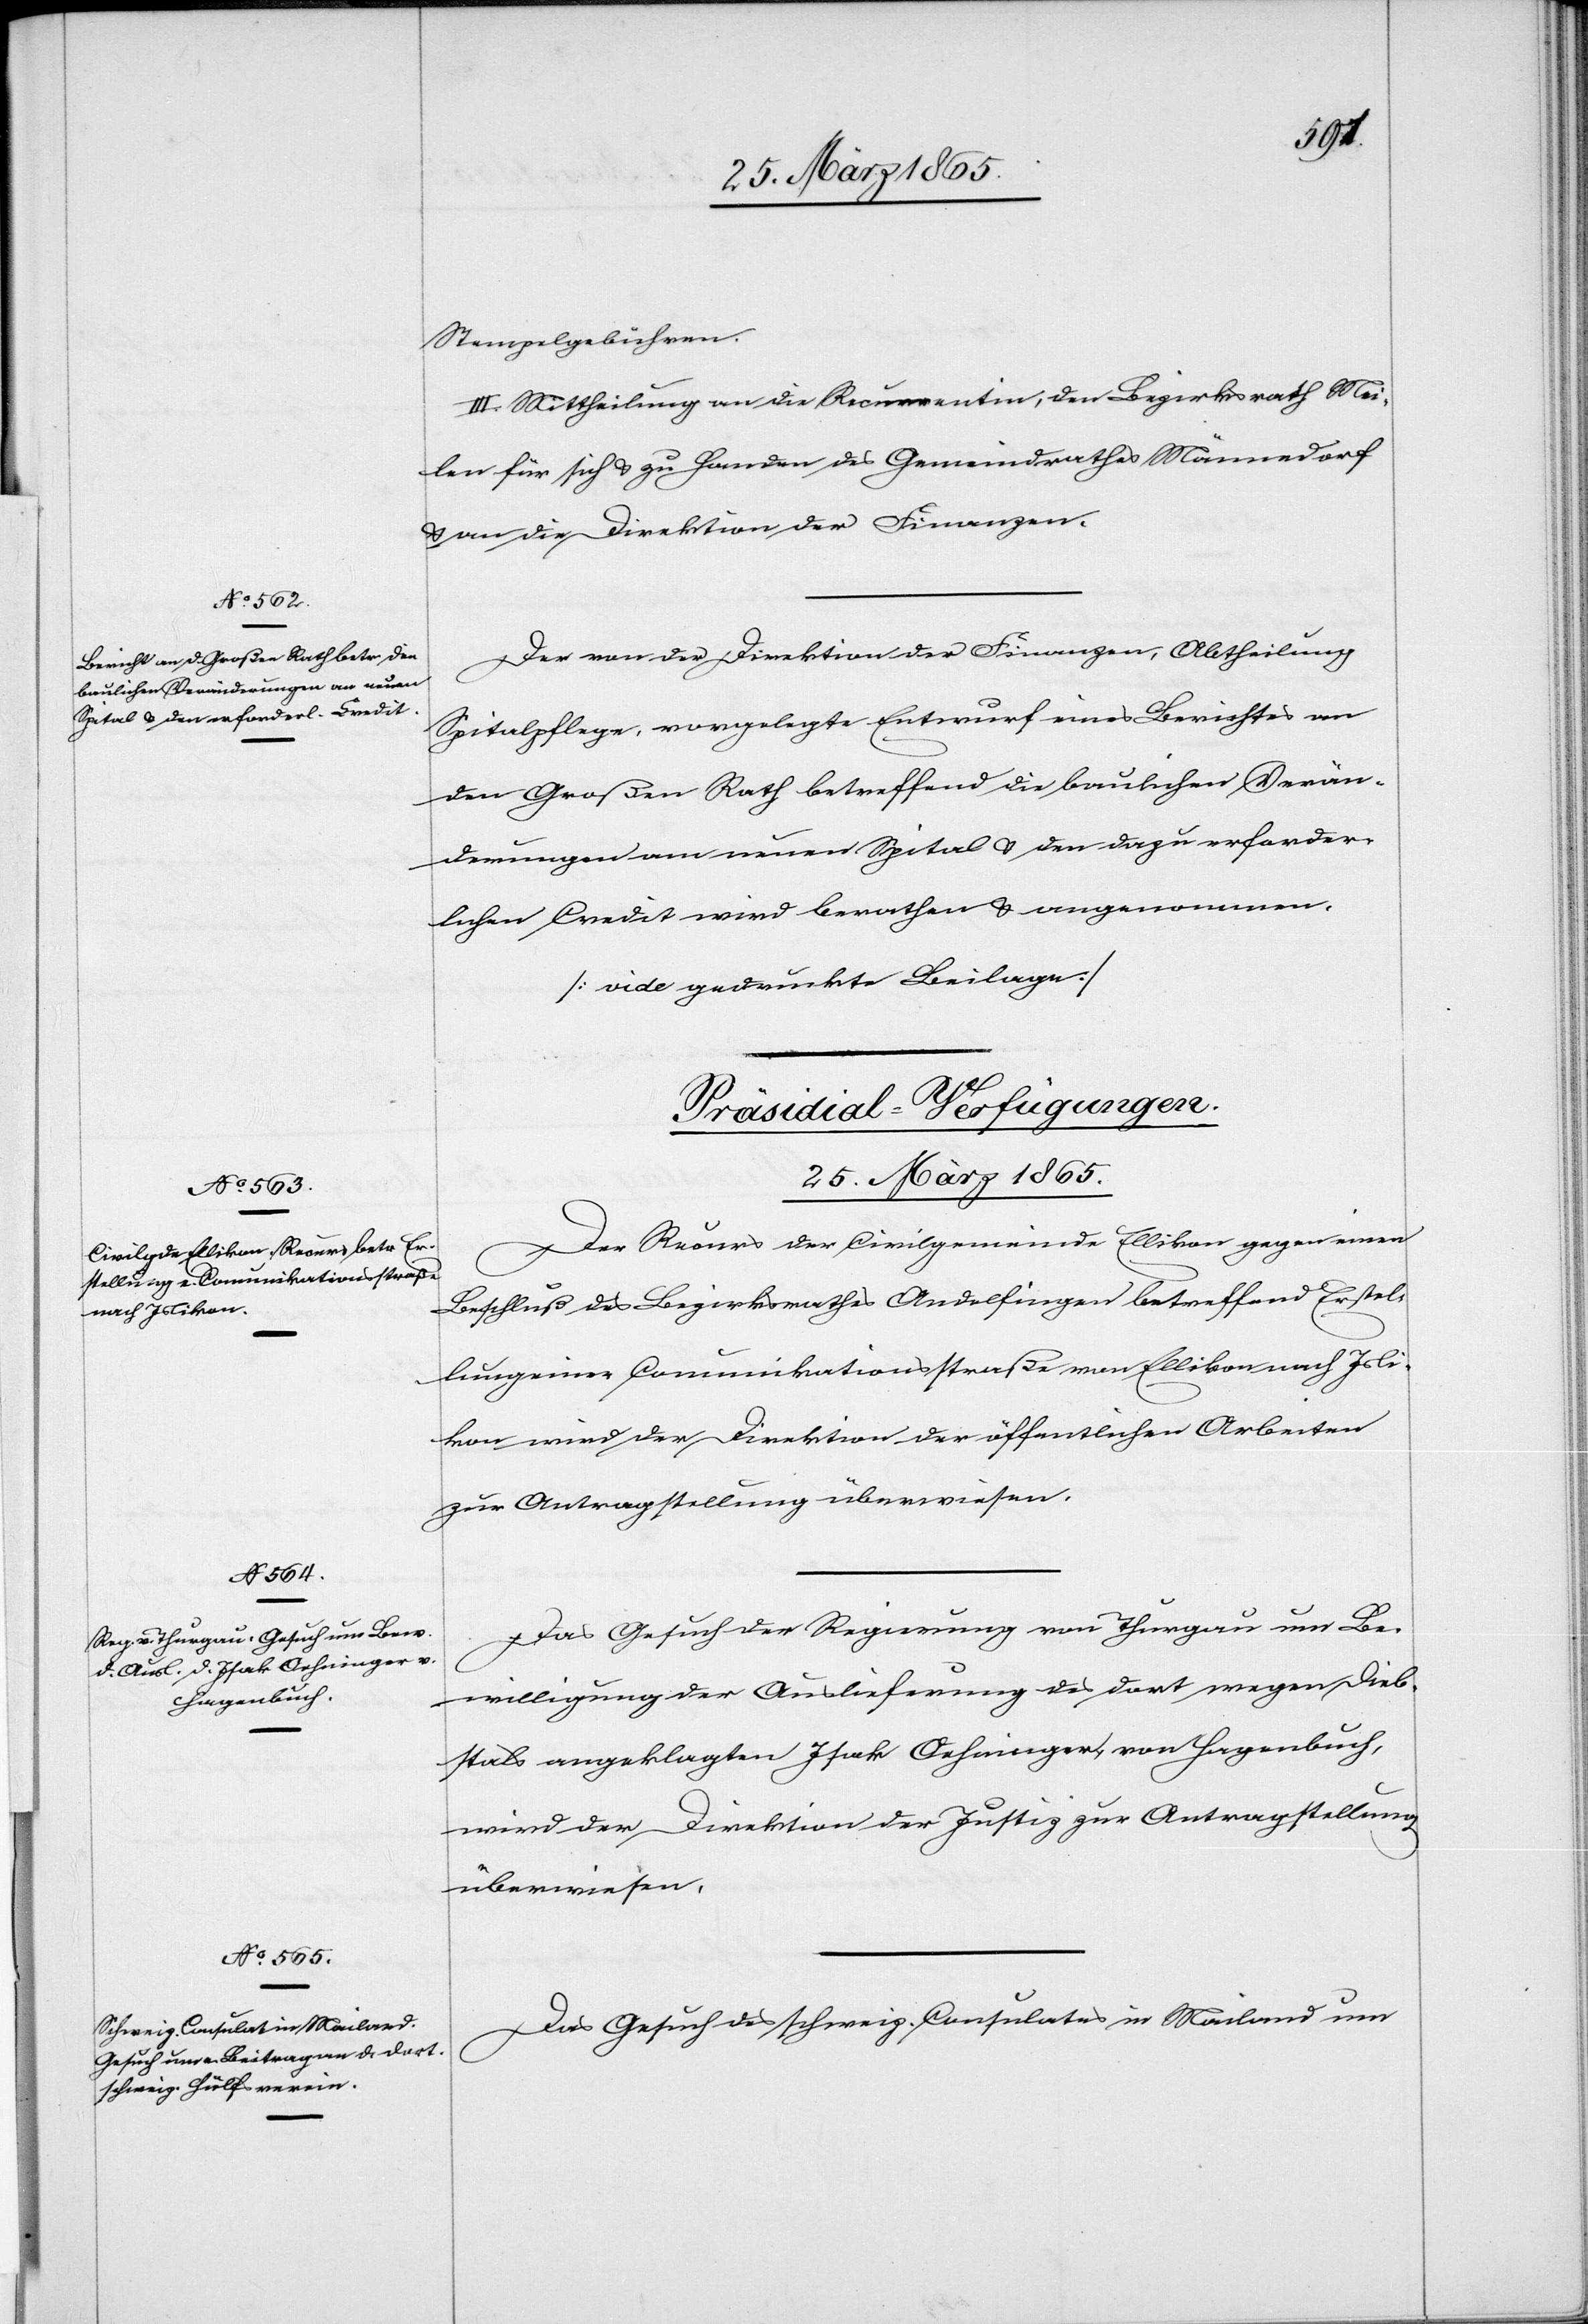
Stempelgebühren.
III. Mittheilung an die Recurrentin, den Bezirksrath Mei¬
len für sich & zu Handen des Gemeindrathes Männedorf
& an die Direktion der Finanzen.
Der von der Direktion der Finanzen, Abtheilung
Spitalpflege, vorgelegte Entwurf eines Berichtes an
den Großen Rath betreffend die baulichen Verän¬
derungen am neuen Spital & den dazu erforder¬
lichen Credit wird berathen & angenommen.
[vide gedruckte Beilage]*
[Präsidial-Verfügungen.
25. März 1865.]
Der Recurs der Civilgemeinde Ellikon gegen einen
Beschluß des Bezirksrathes Andelfingen betreffend Erstel¬
lung einer Communikationsstraße von Ellikon nach Isli¬
kon wird der Direktion der öffentlichen Arbeiten
zur Antragstellung überwiesen.
Das Gesuch der Regierung von Thurgau um Be¬
willigung der Auslieferung des dort wegen Dieb¬
stals angeklagten Isak Oehninger, von Hagenbuch,
wird der Direktion der Justiz zur Antragstellung
überwiesen.
Das Gesuch des schweiz. Consulates in Mailand um